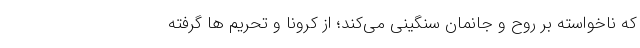
که ناخواسته بر روح و جانمان سنگینی می‌کند؛ از کرونا و تحریم ها گرفته